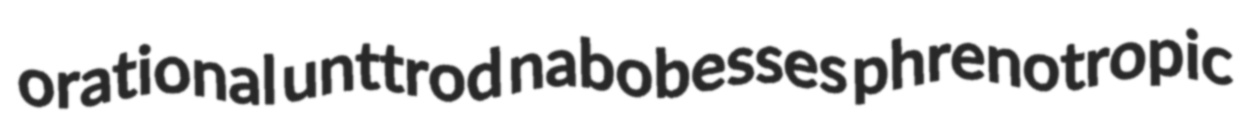
orational unttrod nabobesses phrenotropic